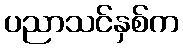
ပညာသင်နှစ်က